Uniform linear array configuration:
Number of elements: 24
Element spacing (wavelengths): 0.5
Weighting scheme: hamming
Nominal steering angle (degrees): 15
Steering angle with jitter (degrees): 15.014
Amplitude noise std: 0.05
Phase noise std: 0.05

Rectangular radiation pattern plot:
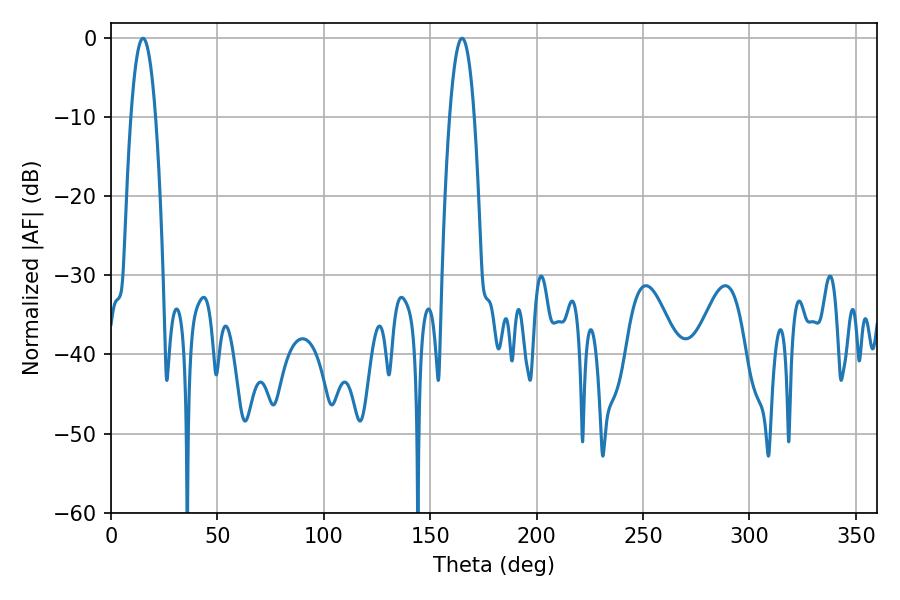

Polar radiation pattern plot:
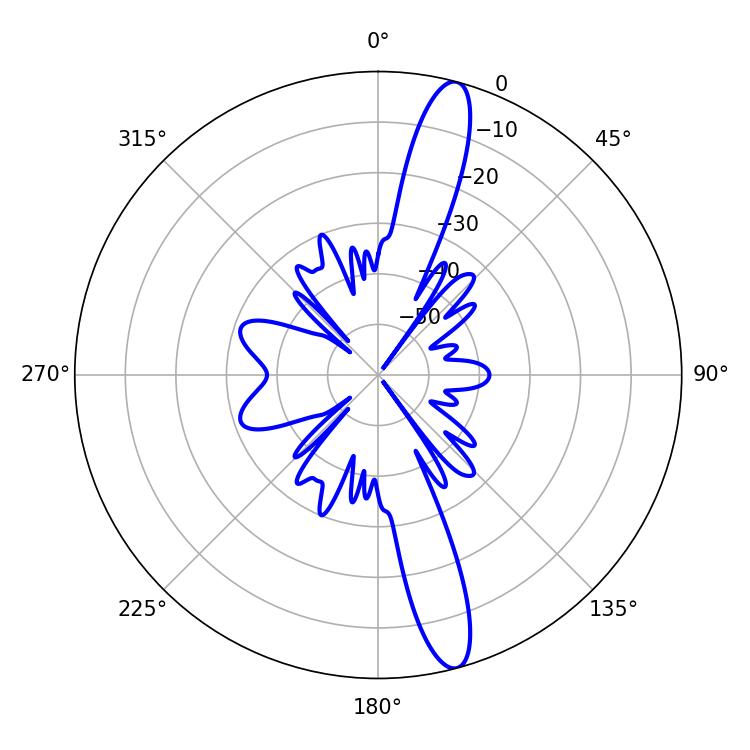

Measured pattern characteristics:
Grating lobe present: FALSE
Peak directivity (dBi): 15.068
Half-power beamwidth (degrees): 6.3
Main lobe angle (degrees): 15.12